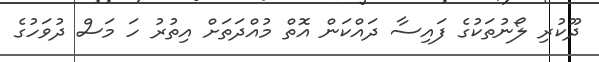
ދޫކުރި ލޯނުތަކުގެ ފައިސާ ދައްކަން އޮތް މުއްދަތަަށް އިތުރު ހަ މަސް ދުވަހުގެ